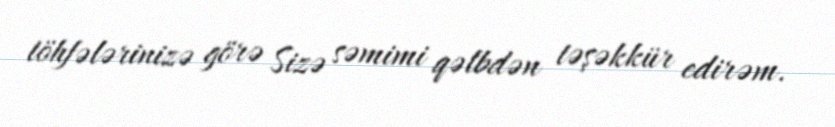
töhfələrinizə görə Sizə səmimi qəlbdən təşəkkür edirəm.